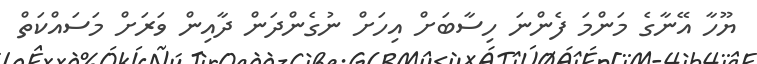
ޔޫހާ އޭނާގެ މަންމަ ފެންނަ ހިސާބަށް އިހަށް ނުގެންދަން ދާއިން ވަރަށް މަސައްކަތް